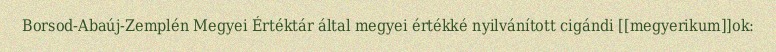
Borsod-Abaúj-Zemplén Megyei Értéktár által megyei értékké nyilvánított cigándi [[megyerikum]]ok: